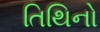
તિથિનો